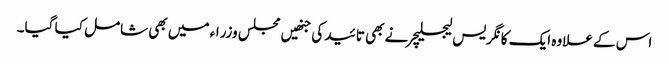
اس کے علاوہ ایک کانگریس لیجسلیچر نے بھی تائید کی جنھیں مجلس وزراء میں بھی شامل کیا گیا۔